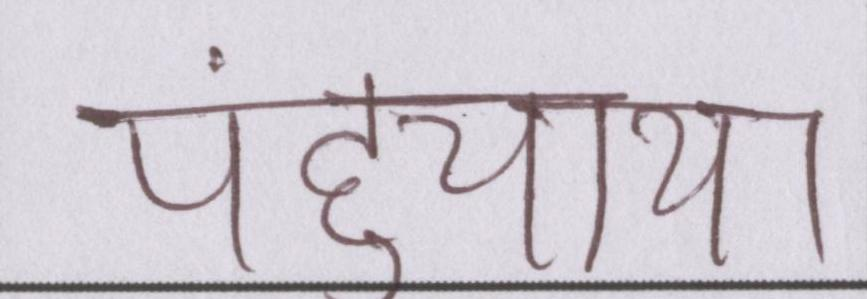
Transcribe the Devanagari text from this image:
पहुंचाया